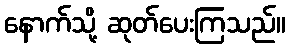
နောက်သို့ ဆုတ်ပေးကြသည်။